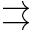
\rightrightarrows